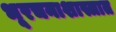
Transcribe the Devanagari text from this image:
भूरचनाशास्त्रात